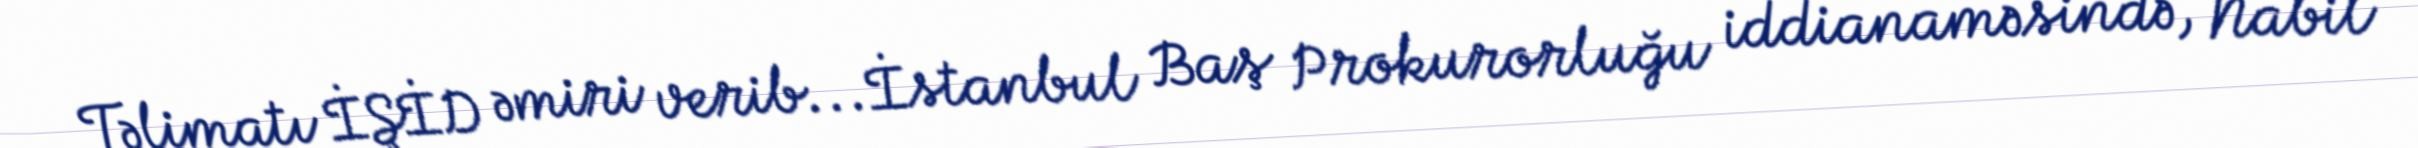
Təlimatı İŞİD əmiri verib...İstanbul Baş Prokurorluğu iddianaməsində, Nabil